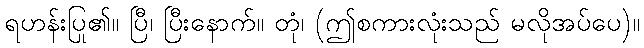
ရဟန်းပြု၏။ ပြီ၊ ပြီးနောက်။ တုံ၊ (ဤစကားလုံးသည် မလိုအပ်ပေ)။